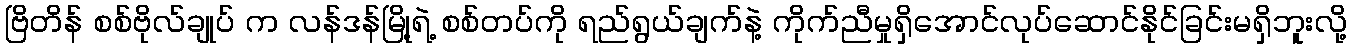
ဗြိတိန် စစ်ဗိုလ်ချုပ် က လန်ဒန်မြို့ရဲ့ စစ်တပ်ကို ရည်ရွယ်ချက်နဲ့ ကိုက်ညီမှုရှိအောင်လုပ်ဆောင်နိုင်ခြင်းမရှိဘူးလို့